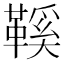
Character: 鞵